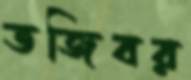
তজিবর